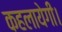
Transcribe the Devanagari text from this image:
कहलायेगी।